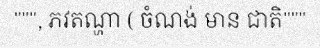
""", ភវតណ្ហា ( ចំណង់ មាន ជាតិ"""